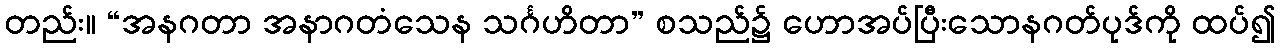
တည်း။ “အနဂတာ အနာဂတံသေန သင်္ဂဟိတာ” စသည်၌ ဟောအပ်ပြီးသောနဂတ်ပုဒ်ကို ထပ်၍